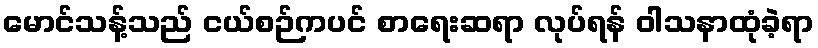
မောင်သန့်သည် ငယ်စဉ်ကပင် စာရေးဆရာ လုပ်ရန် ဝါသနာထုံခဲ့ရာ